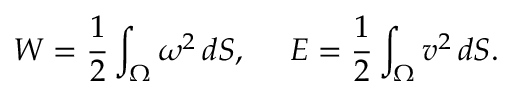
W = \frac { 1 } { 2 } \int _ { \Omega } \omega ^ { 2 } \, d S , ~ ~ ~ ~ E = \frac { 1 } { 2 } \int _ { \Omega } \boldsymbol { v } ^ { 2 } \, d S .